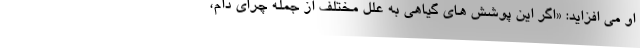
او می افزاید: «اگر این پوشش های گیاهی به علل مختلف از جمله چرای دام،